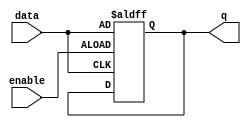
module gated_latch (
    input data,
    input enable,
    output reg q
);

always @(posedge enable or posedge data)
begin
    if (enable)
        q <= data;
end

endmodule